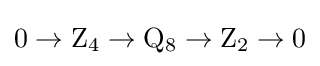
0\to \mathrm {Z} _{4}\to \mathrm {Q} _{8}\to \mathrm {Z} _{2}\to 0